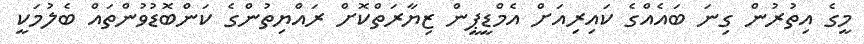
މީގެ އިތުރުން ގިނަ ބައެއްގެ ކައިރިއަށް އެމްޑީޕީން ޒިޔާރަތްކޮށް ރައްޔިތުންގެ ކަންބޮޑުވުންތައް ބެލުމަކީ